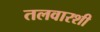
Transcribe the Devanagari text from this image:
तलवारशी